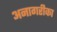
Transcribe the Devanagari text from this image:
अनागरीका